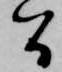
間